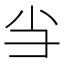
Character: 𢑐